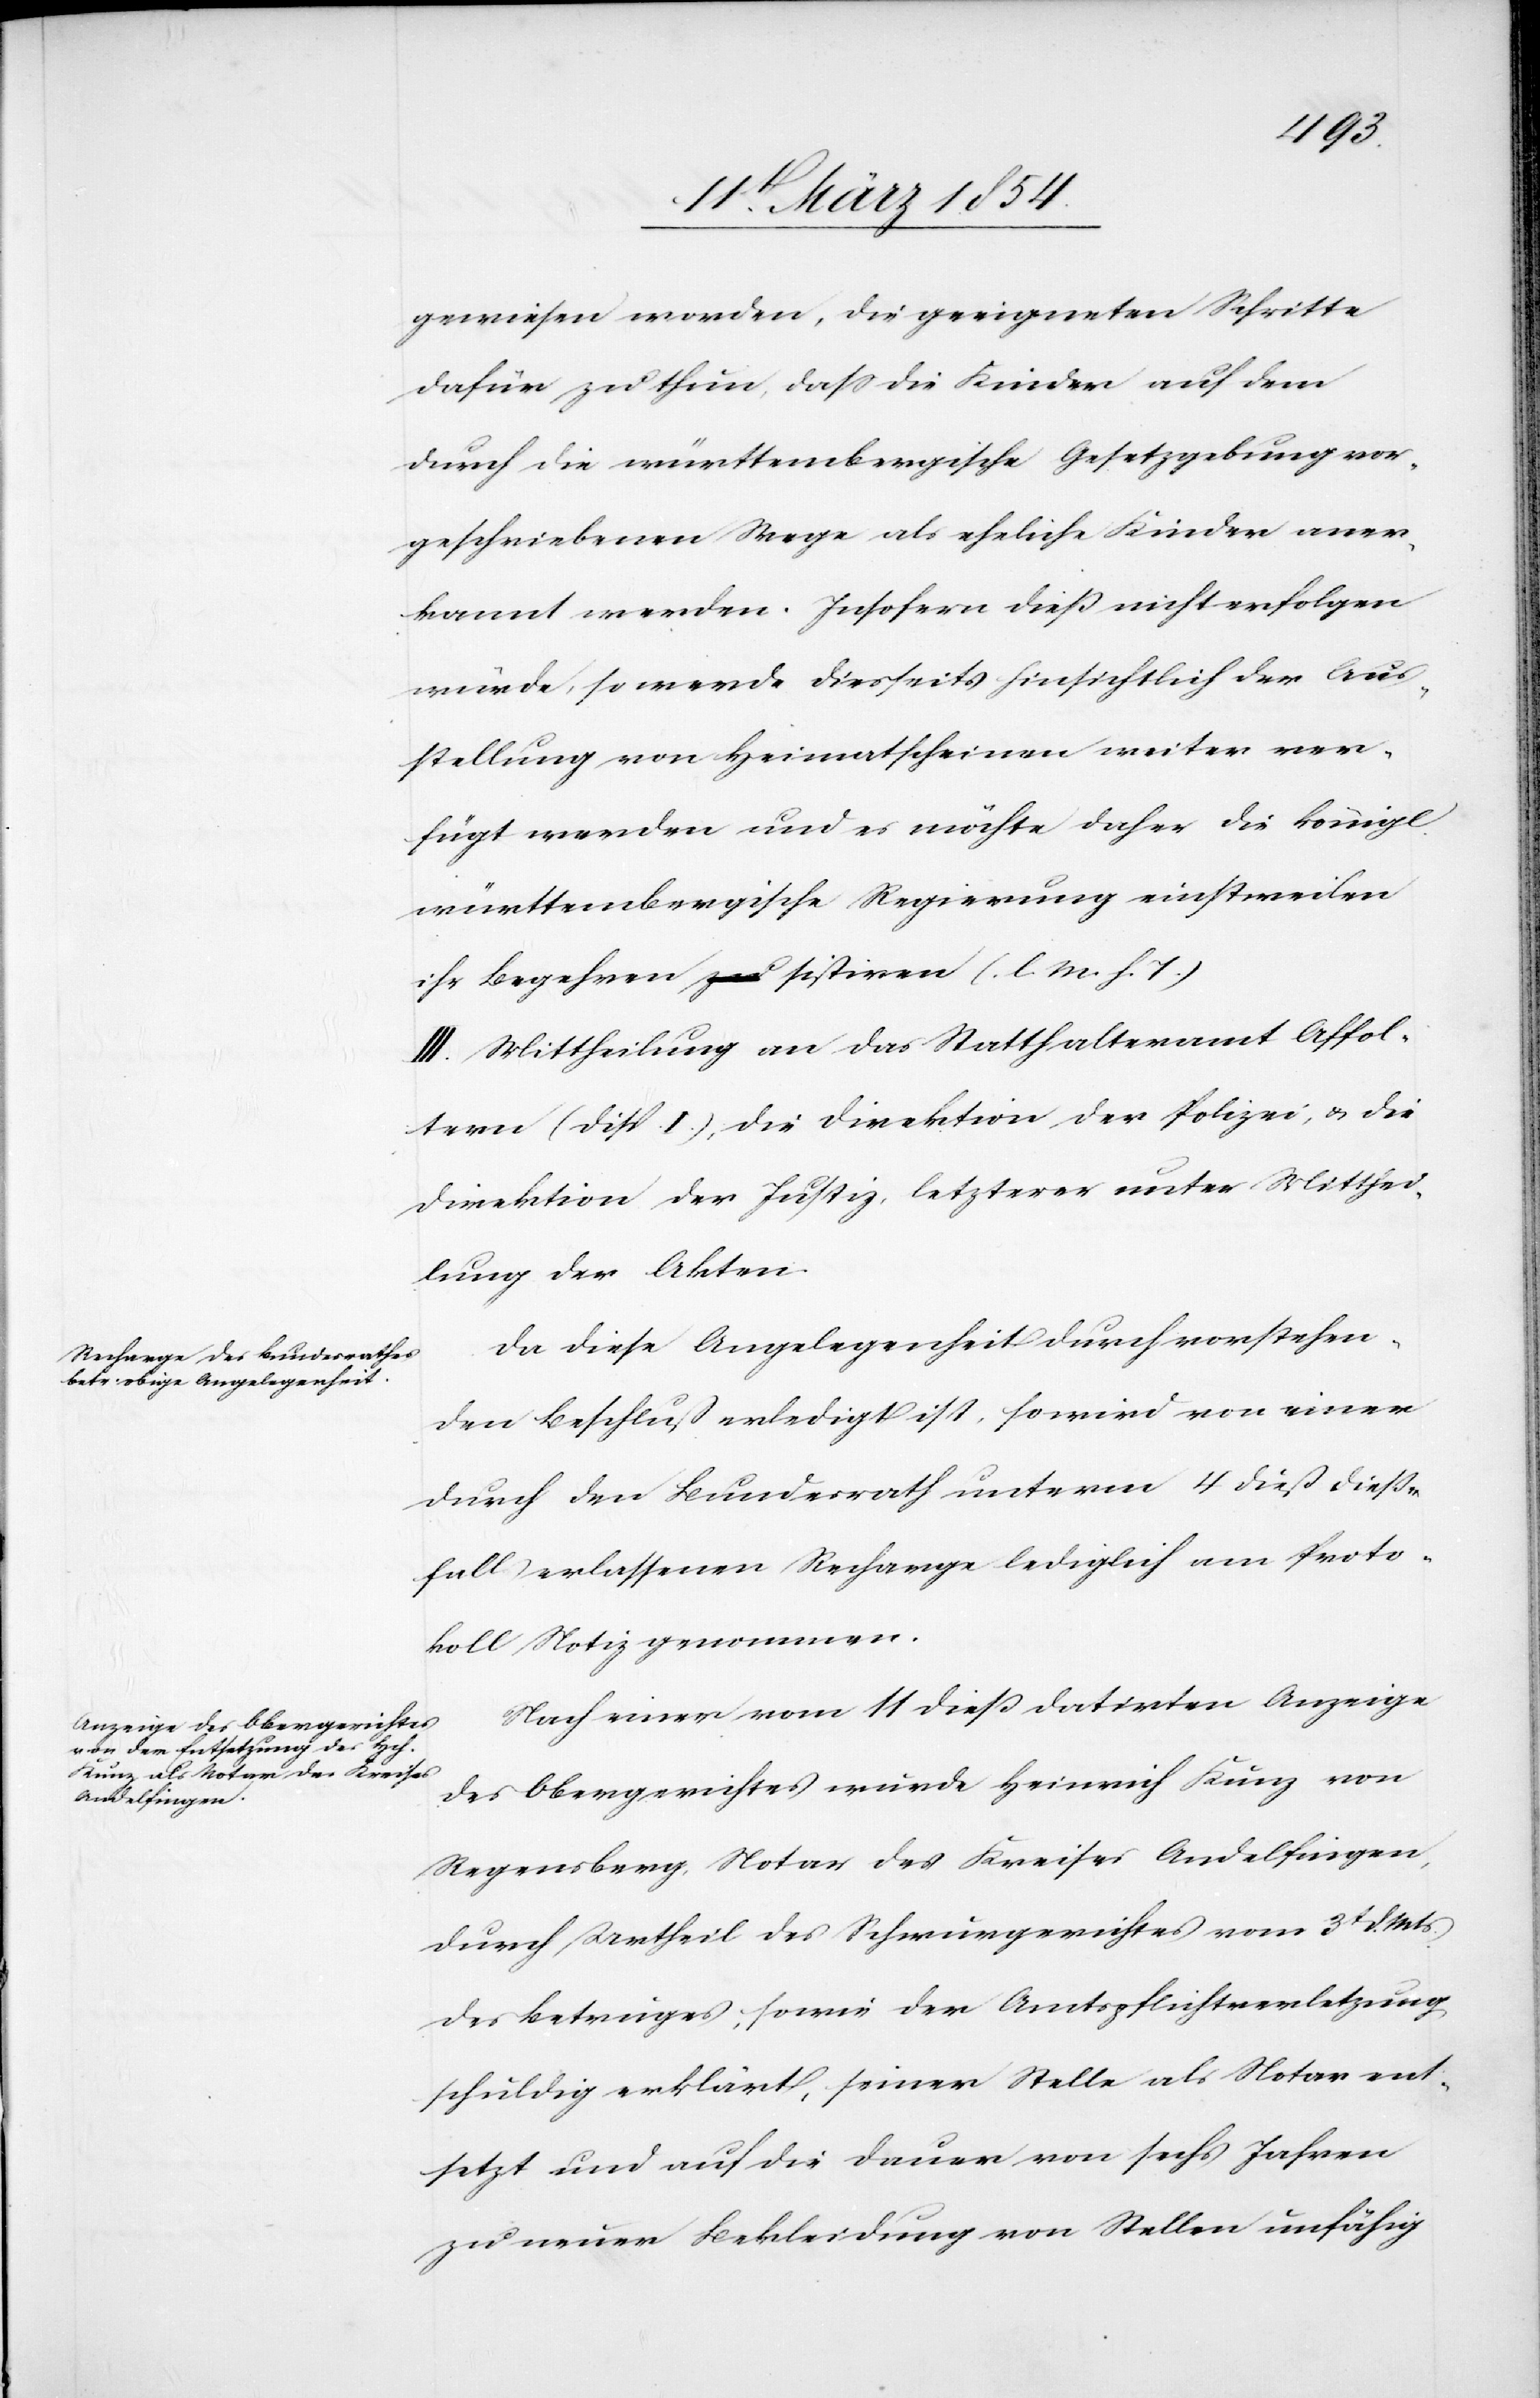
gewiesen worden, die geeigneten Schritte
dafür zu thun, daß die Kinder auf dem
durch die württembergische Gesetzgebung vor¬
geschriebenen Wege als eheliche Kinder aner¬
kannt werden. Insofern dieß nicht erfolgen
würde, so werde diesseits hinsichtlich der Aus¬
stellung von Heimatscheinen weiter ver¬
fügt werden und es möchte daher die königl.
württembergische Regierung einstweilen
ihr Begehren sistiren (l. M. h. T.)
III. Mittheilung an das Statthalteramt Affol¬
tern (Disp. I.), die Direktion der Polizei, u. die
Direktion der Justiz, letzterer unter Mitthei¬
lung der Akten.
Da diese Angelegenheit durch vorstehen¬
den Beschluß erledigt ist, so wird von einer
durch den Bundesrath unterm 4 dieß dieß¬
falls erlassenen Recharge lediglich am Proto¬
koll Notiz genommen.
Nach einer vom 11 dieß datirten Anzeige
des Obergerichtes wurde Heinrich Kunz von
Regensberg, Notar des Kreises Andelfingen,
durch Urtheil des Schwurgerichtes vom 3t d. Mts.
des Betruges, sowie der Amtspflichtverletzung
schuldig erklärt, seiner Stelle als Notar ent¬
setzt und auf die Dauer von sechs Jahren
zu neuer Bekleidung von Stellen unfähig